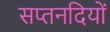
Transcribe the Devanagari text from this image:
सप्तनदियों